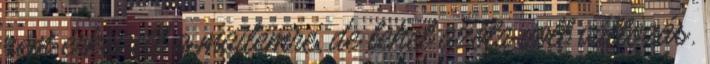
nem érkezett a mailemre, de lehet azóta volt változás.